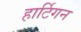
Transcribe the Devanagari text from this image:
हार्टिगन